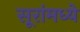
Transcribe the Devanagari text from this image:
सूरांमध्ये